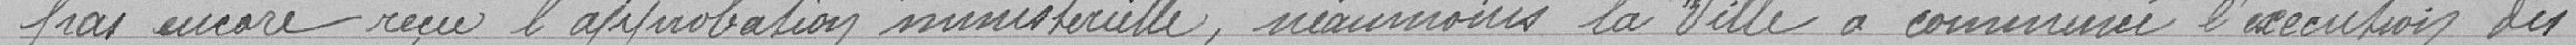
pas encore reçu l'approbation ministérielle, néanmoins la Ville a commencé l'exécution des